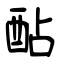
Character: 酟